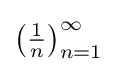
\left({\tfrac {1}{n}}\right)_{n=1}^{\infty }